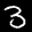
Label: 3